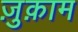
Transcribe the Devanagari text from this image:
ज़ुक़ाम